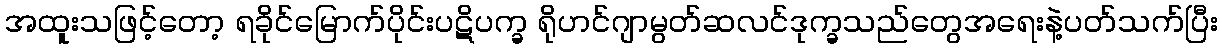
အထူးသဖြင့်တော့ ရခိုင်မြောက်ပိုင်းပဋိပက္ခ ရိုဟင်ဂျာမွတ်ဆလင်ဒုက္ခသည်တွေအရေးနဲ့ပတ်သက်ပြီး